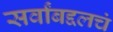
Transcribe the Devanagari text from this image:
सर्वांबद्दलचं